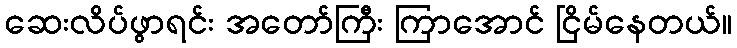
ဆေးလိပ်ဖွာရင်း အတော်ကြီး ကြာအောင် ငြိမ်နေတယ်။